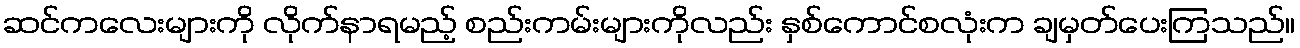
ဆင်ကလေးများကို လိုက်နာရမည့် စည်းကမ်းများကိုလည်း နှစ်ကောင်စလုံးက ချမှတ်ပေးကြသည်။